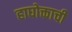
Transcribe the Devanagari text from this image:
हाघोक्ताची